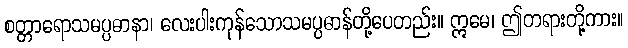
စတ္တာရောသမပ္ပဓာနာ၊ လေးပါးကုန်သောသမပ္ပဓာန်တို့ပေတည်း။ ဣမေ၊ ဤတရားတို့ကား။